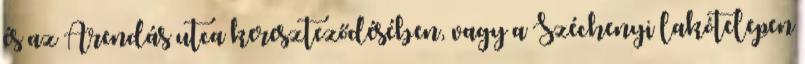
és az Árendás utca kereszteződésében, vagy a Széchenyi lakótelepen